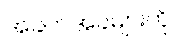
အခက်အခဲများကို